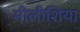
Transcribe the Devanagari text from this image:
मीलीशिया